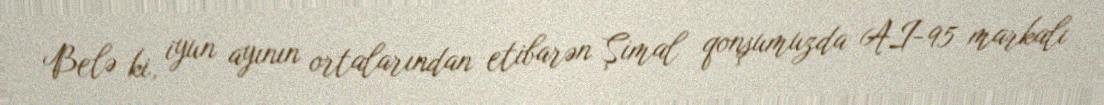
Belə ki, iyun ayının ortalarından etibarən Şimal qonşumuzda AI-95 markalı